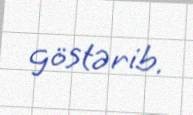
göstərib.